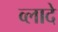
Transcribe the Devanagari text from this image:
व्लादे